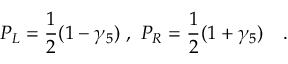
P _ { L } = \frac { 1 } { 2 } ( 1 - \gamma _ { 5 } ) \ , \ P _ { R } = \frac { 1 } { 2 } ( 1 + \gamma _ { 5 } ) \quad .